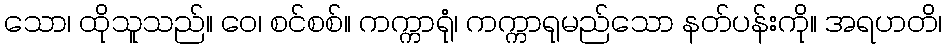
သော၊ ထိုသူသည်။ ဝေ၊ စင်စစ်။ ကက္ကာရုံ၊ ကက္ကာရုမည်သော နတ်ပန်းကို။ အရဟတိ၊